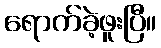
ရောက်ခဲ့ဖူးပြီ။